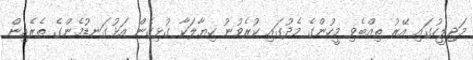
މަޖިލީހުގައި އޭރު ތިއްބެވި މީހުންގެ މެދުގައި ކުރެވުނު ހިޔާލަކާ ގުޅިގެން އަޅުގަނޑުމެންގެ ތެރެއިން